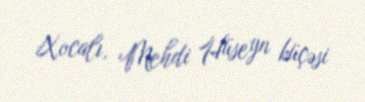
Xocalı, Mehdi Hüseyn küçəsi